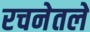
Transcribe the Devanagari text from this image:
रचनेतले